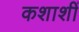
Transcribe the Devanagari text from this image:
कशाशीं